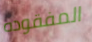
المفقوده